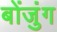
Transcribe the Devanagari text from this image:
बोंजुंग